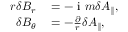
\begin{array} { r l } { r \delta B _ { r } } & { { } = - \mathrm { ~ i ~ } m \delta A _ { \parallel } , } \\ { \delta B _ { \theta } } & { { } = - \frac { \partial } { r } \delta A _ { \parallel } , } \end{array}